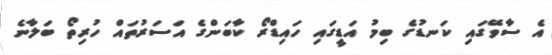
އެ ސާވޭގައި ކަނޑުގެ ބިމު އަޑީގައި ހައިޑްރޯ ކާބަންގެ އަސަރުތައް ހުރިތޯ ބަލާނެ